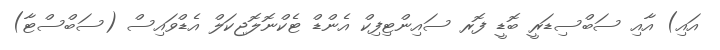
އައި) އާއި ސަބްސިޑަރީ ބޮޑީ ފޮރ ސައިންޓިފިކް އެންޑް ޓެކްނޮލޮޖިކަލް އެޑްވައިސް (ސަބްސްޓާ)